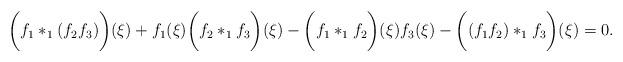
LaTeX: \begin{align*}\biggl(f_1*_1(f_2f_3)\biggr)(\xi)+f_1(\xi)\biggl(f_2*_1f_3\biggr)(\xi)-\biggl(f_1*_1f_2\biggr)(\xi)f_3(\xi)-\biggl((f_1f_2)*_1f_3\biggr)(\xi)=0.\end{align*}